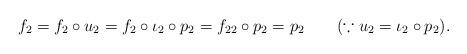
LaTeX: \begin{align*}f_{2} =f_{2}\circ u_{2} =f_{2}\circ \iota_{2}\circ p_{2} =f_{22}\circ p_{2} =p_{2}~~~~~~(\because u_{2}=\iota_{2}\circ p_{2}).\end{align*}